Annual administration report of the Civil Veterinary Department of India - 1900-1901
Year: 1900
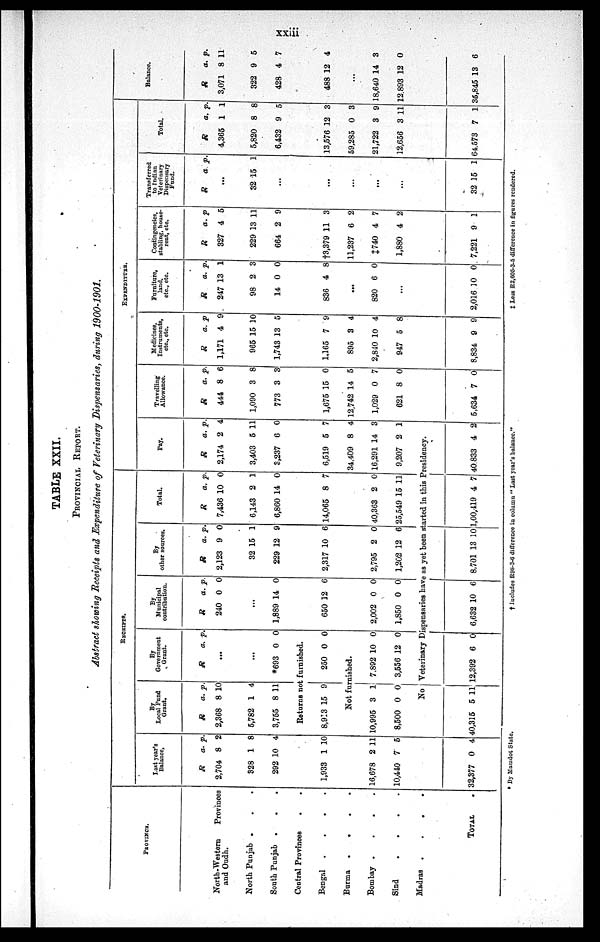
xxiii
TABLE XXII.
PROVINCIAL REPORT.
Abstract showing Receipts and Expenditure of Veterinary Dispensaries, during 1900-1901.
PROVINCE.
North-Western
Provinces
and Oudh.
North Punjab . . .
South Punjab . . .
Central Provinces
. .
Bengal .
.
.
.
Burma
.
.
.
.
Bombay .
.
.
.
Sind
.
.
.
.
Madras
.
.
.
.
TOTAL .
RECEIPTS.
Last year's
Balance,
R
2,704
328
292
a.
8
1
10
p.
2
8
4
1,933 1 10
16,678
10,440
2
7
11
5
32,377 0 4
By
Local Fund
Grant.
R
2,368
5,782
3,755
a.
8
1
8
p.
10
4
11
By
Government
Grant.
R
a. p.
...
...
*693 0 0
Returns not furnished.
8,913 15 9
250 0 0
Not furnished.
10,995
8,500
3
0
1
0
7,892
3,556
10
12
0
0
By
Municipal
contribution.
R
240
a.
0
p.
0
...
1,889 14 0
650 12 6
2,002
1,850
0
0
0
0
By
other sources.
R
2,123
32
229
a.
9
15
12
p.
0
1
9
2,317 10 6
2,795
1,202
2
12
0
6
Total.
R
7,436
6,143
6,860
a.
10
2
14
p.
0
1
0
14,065 8 7
40,363
25,549
2
15
0
11
EXPENDITURE.
Pay.
R
2,174
3,403
3,237
a.
2
5
6
p.
4
11
0
6,519
34,409
16,291
9,207
5
8
14
2
7
4
3
1
No Veterinary Dispensaries have as yet been started in this Presidency.
40,315 5 11 12,392 6 0 6,632 10 6 8,701 13 10 1,00,419 4 7 40.833 4 2
Travelling
Allowance.
R
444
1,090
773
a.
8
3
3
p.
6
8
3
1,675
12,742
1,029
621
15
14
0
8
0
5
7
0
5,634 7 0
Medicines.
Instruments,
etc., etc.
R
1,171
965
1,743
a.
4
15
13
p
9
10
5
1,165
895
2,840
947
7
3
10
5
9
4
4
8
8,834 9 9
Furniture,
land.
etc., etc.
R
247
98
14
a.
13
2
0
p.
1
3
0
836 4 8
...
820 6 0
...
2,016 10 0
Contingencies,
stabling, house-
rent,
etc.
R
327
229
664
a.
4
13
2
p
5
11
9
†3,379
11,237
‡740
1,880
11
6
4
4
3
2
7
2
7,221 9 1
Transferred
to Indian
Veterinary
Dispensary
Fund.
R
a . p.
...
32 15 1
...
...
...
...
...
32 15 1
Total.
R
4,365
5,820
6,432
a.
1
8
9
p.
1
8
5
13,576
59,285
21,722
12,656
12
0
3
3
3
3
9
11
64,573 7 1
Balance.
R
3,071
322
428
a.
8
9
4
p.
11
5
7
488 12 4
...
18,640
12,893
14
12
3
0
35,845 13 6
* By Mamdot State.
†
Includes R98.3.6 difference in column "Last year's balance."
‡Less
R2,605.3.5
difference in figures rendered.